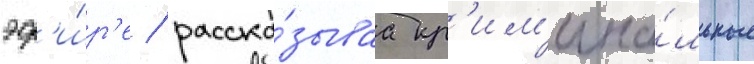
эф'и́р'е / расска́зываа кр'им'ина́льные